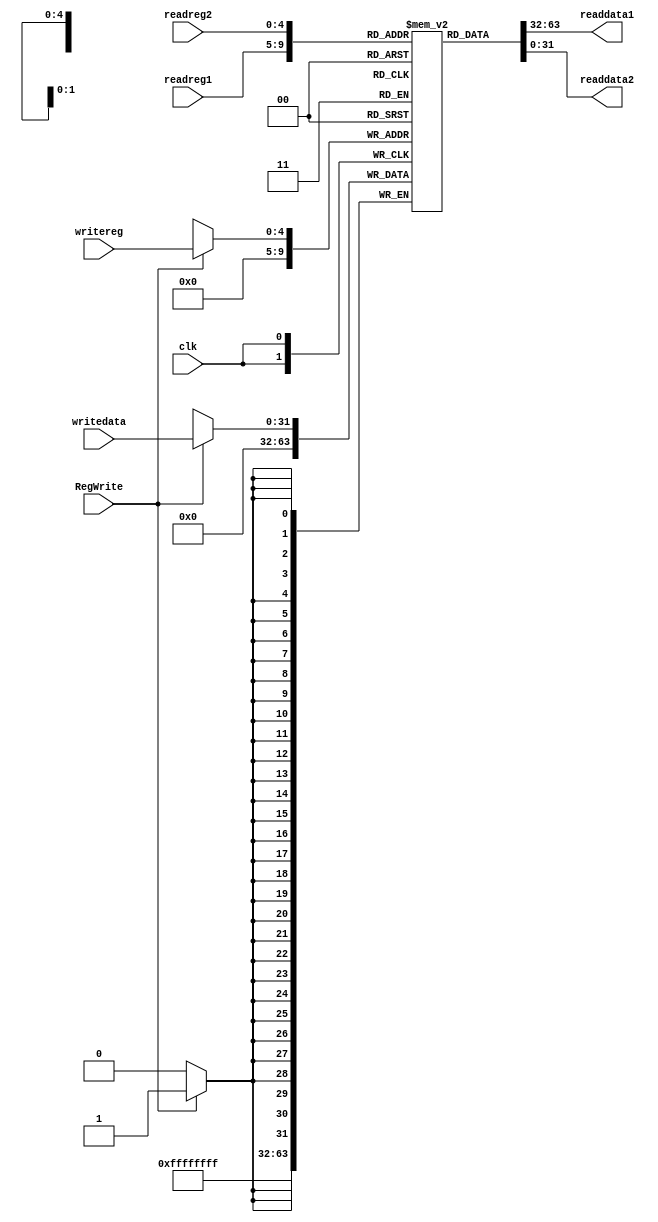
module RegFile (clk, readreg1, readreg2, writereg, writedata, RegWrite, readdata1, readdata2);
  input [4:0] readreg1, readreg2, writereg;
  input [31:0] writedata;
  input clk, RegWrite;
  output [31:0] readdata1, readdata2;

  reg [31:0] regfile [31:0];
  integer i;
  initial begin
      for (i=1; i<32; i=i+1)   
	begin
         regfile[i]=i*10;
	end
end
  always @(posedge clk)
  begin
	if (RegWrite) 
	 	regfile[writereg] <= writedata;
    regfile[0]=0;
  end

  assign readdata1 = regfile[readreg1];
  assign readdata2 = regfile[readreg2];
endmodule